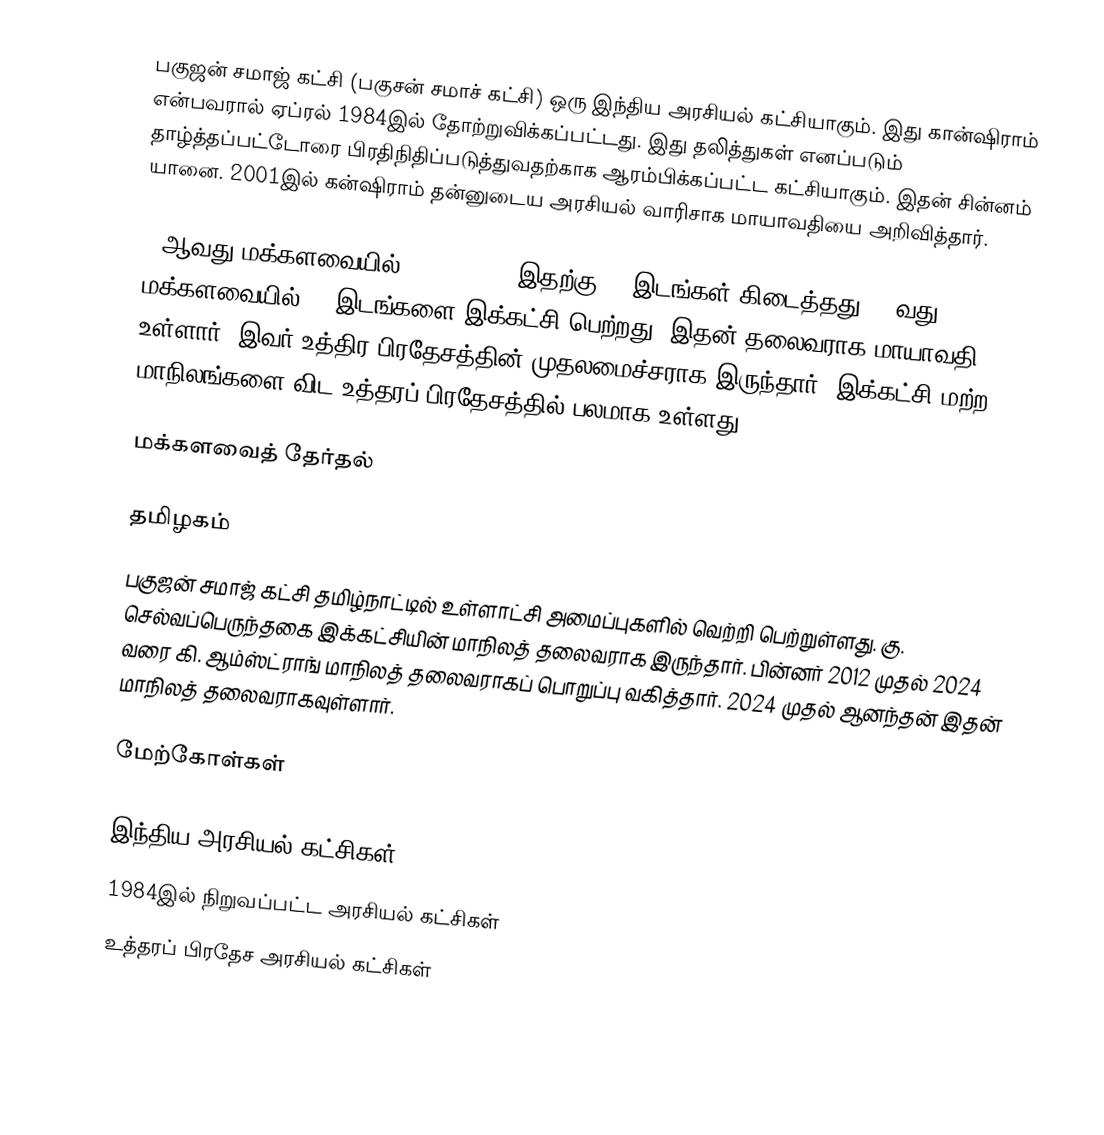
பகுஜன் சமாஜ் கட்சி  (பகுசன் சமாச் கட்சி) ஒரு இந்திய அரசியல் கட்சியாகும். இது கான்ஷிராம் என்பவரால் ஏப்ரல் 1984இல் தோற்றுவிக்கப்பட்டது. இது தலித்துகள் எனப்படும் தாழ்த்தப்பட்டோரை பிரதிநிதிப்படுத்துவதற்காக ஆரம்பிக்கப்பட்ட கட்சியாகும். இதன் சின்னம் யானை. 2001இல் கன்ஷிராம் தன்னுடைய அரசியல் வாரிசாக மாயாவதியை அறிவித்தார்.

13ஆவது மக்களவையில் (1999-2004) இதற்கு 14 இடங்கள் கிடைத்தது. 14வது மக்களவையில் 19 இடங்களை இக்கட்சி பெற்றது. இதன் தலைவராக மாயாவதி உள்ளார். இவர் உத்திர பிரதேசத்தின் முதலமைச்சராக இருந்தார்.  இக்கட்சி மற்ற மாநிலங்களை விட உத்தரப் பிரதேசத்தில் பலமாக உள்ளது.

மக்களவைத் தேர்தல்

தமிழகம்
பகுஜன் சமாஜ் கட்சி தமிழ்நாட்டில் உள்ளாட்சி அமைப்புகளில் வெற்றி பெற்றுள்ளது. கு. செல்வப்பெருந்தகை இக்கட்சியின் மாநிலத் தலைவராக இருந்தார். பின்னர் 2012 முதல் 2024 வரை கி. ஆம்ஸ்ட்ராங் மாநிலத் தலைவராகப் பொறுப்பு வகித்தார். 2024 முதல் ஆனந்தன் இதன் மாநிலத் தலைவராகவுள்ளார்.

மேற்கோள்கள்

இந்திய அரசியல் கட்சிகள்
1984இல் நிறுவப்பட்ட அரசியல் கட்சிகள்
உத்தரப் பிரதேச அரசியல் கட்சிகள்